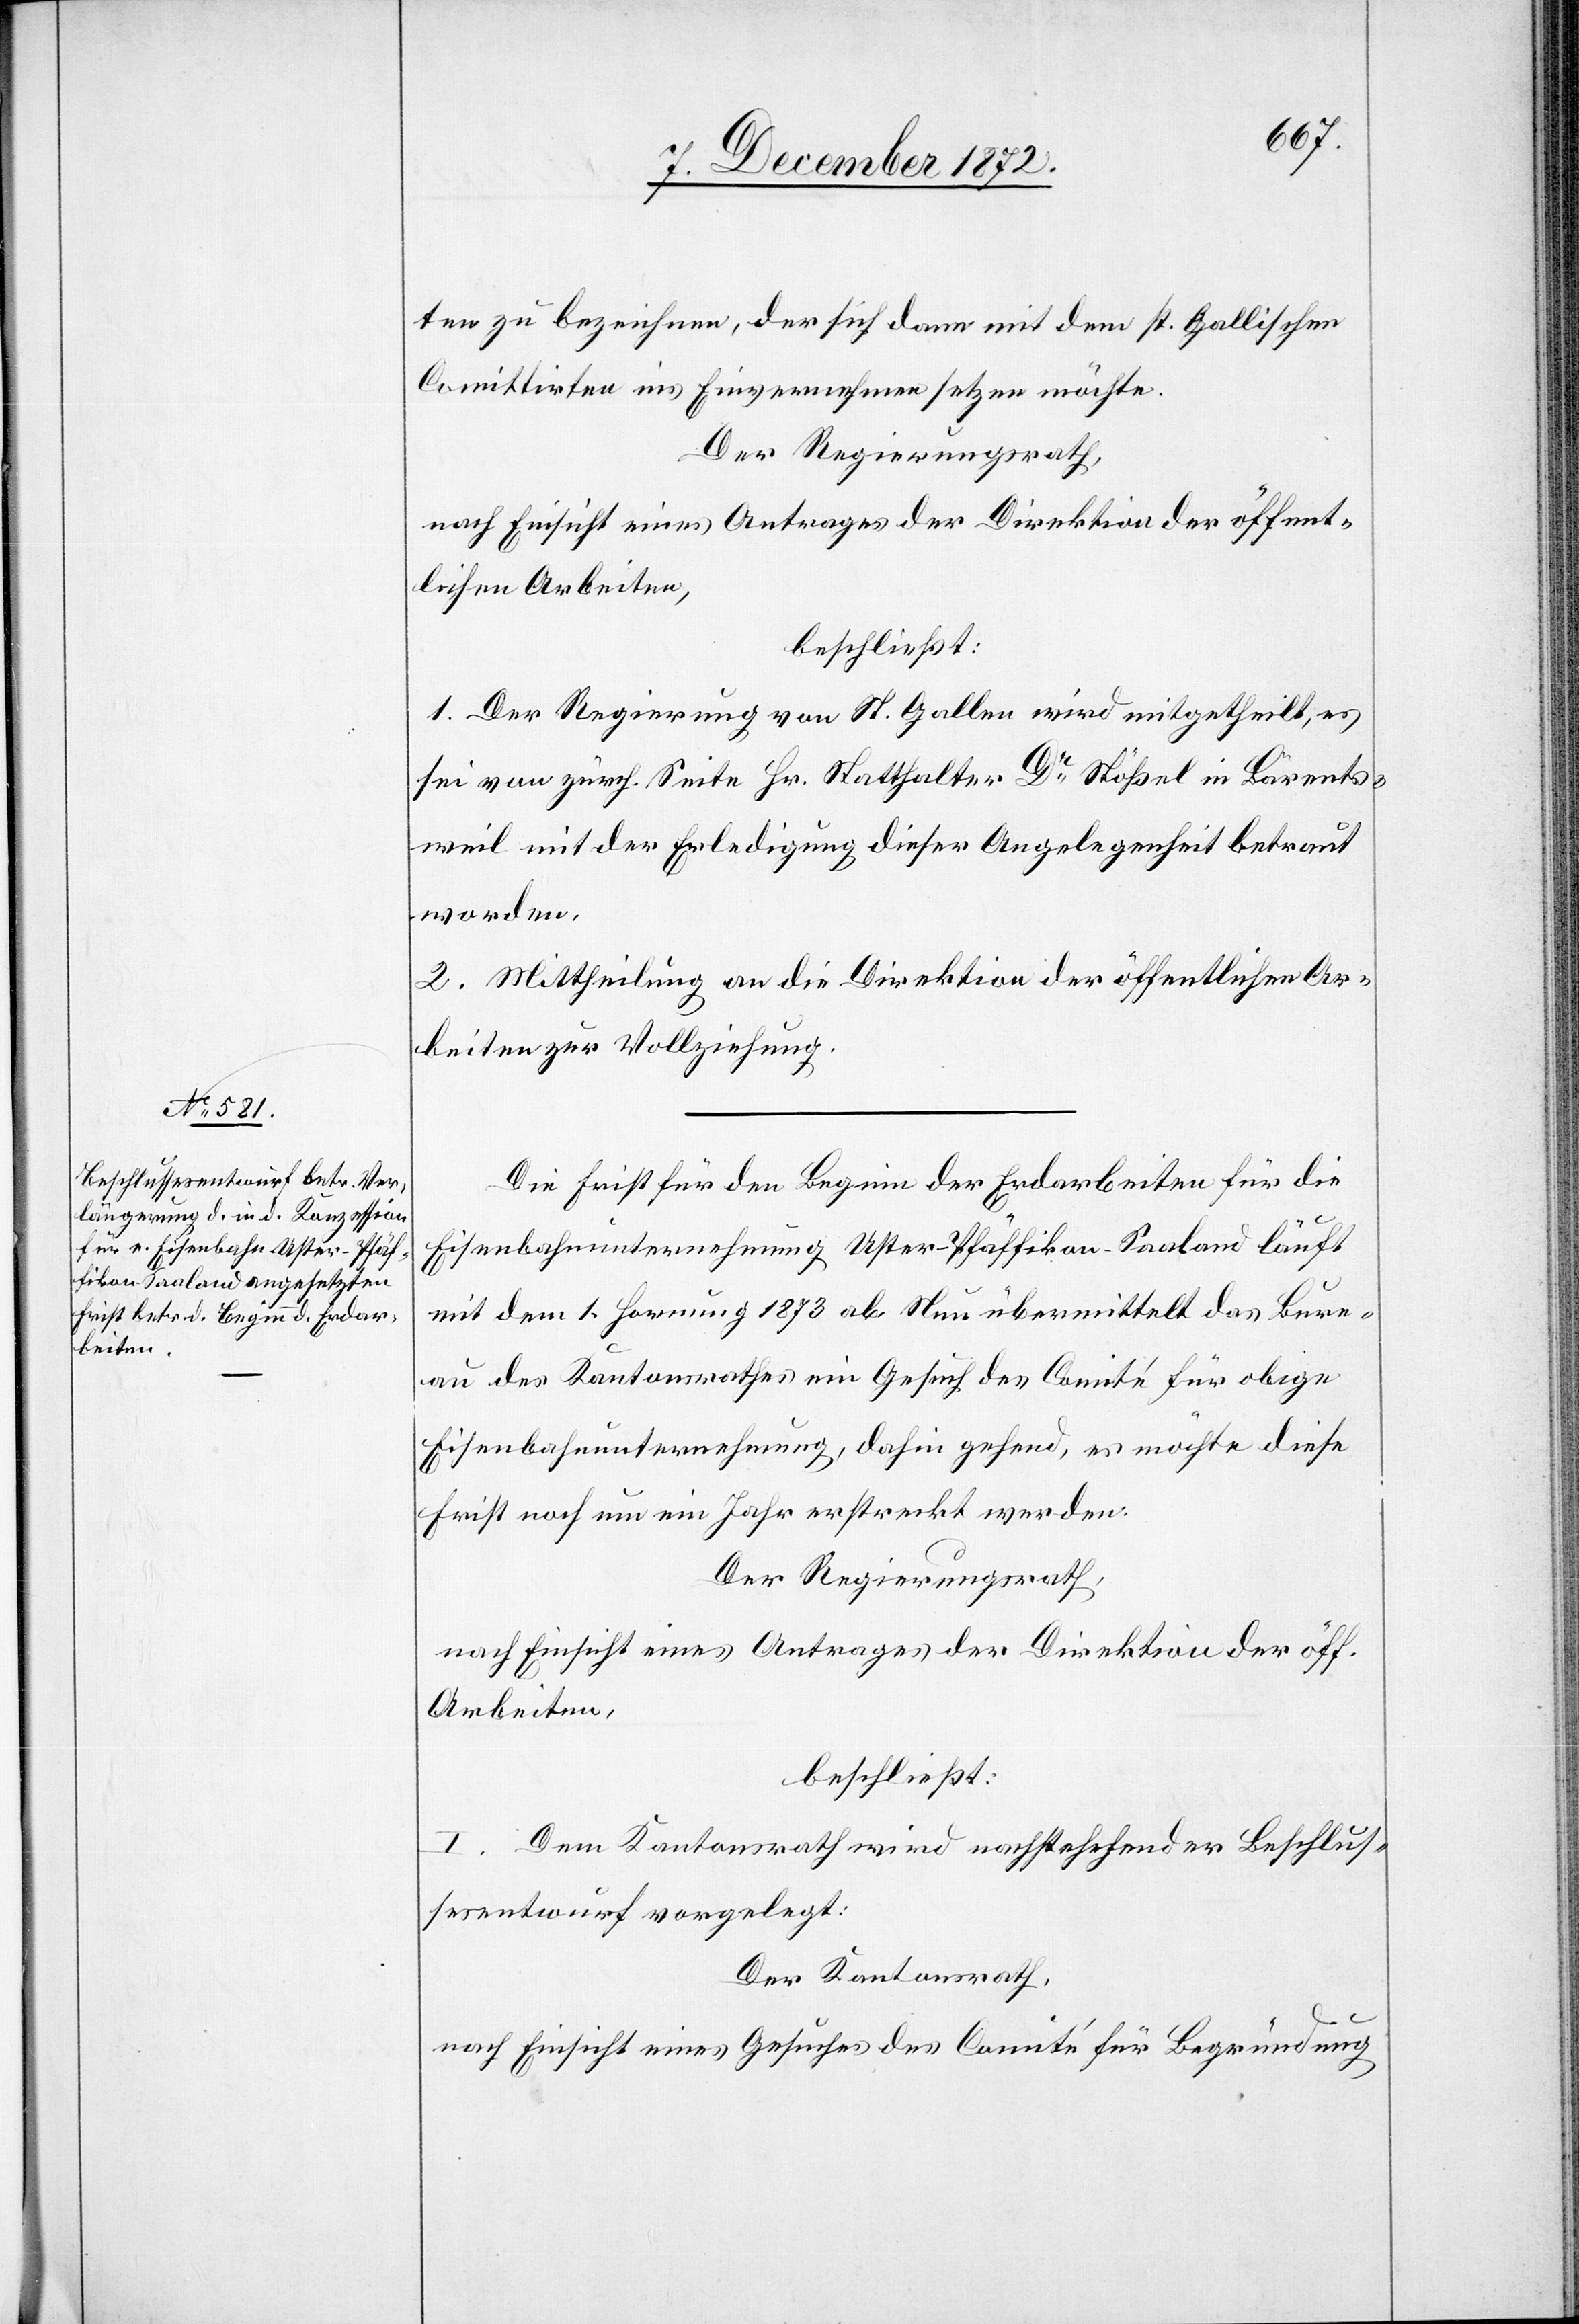
ten zu bezeichnen, der sich dann mit den st. Gallischen
Comittirten ins Einvernehmen setzen möchte.
Der Regierungsrath,
nach Einsicht eines Antrages der Direktion der öffent¬
lichen Arbeiten,
beschließt:
1. Der Regierung von St. Gallen wird mitgetheilt, es
sei von zürch. Seite Hr. Statthalter Dr Stößel in Bärents¬
weil mit der Erledigung dieser Angelegenheit betraut
worden.
2. Mittheilung an die Direktion der öffentlichen Ar¬
beiten zur Vollziehung.
Die Frist für den Beginn der Erdarbeiten für die
Eisenbahnunternehmung Uster–Pfäffikon–Saaland läuft
mit dem 1. Hornung 1873 ab. Nun übermittelt das Bure¬
au des Kantonsrathes ein Gesuch des Comité für obige
Eisenbahnunternehmung, dahin gehend, es möchte diese
Frist noch um ein Jahr erstreckt werden.
Der Regierungsrath,
nach Einsicht eines Antrages der Direktion der öff.
Arbeiten,
beschließt:
I. Dem Kantonsrath wird nachstehender Beschlus¬
sesentwurf vorgelegt:
Der Kantonsrath,
nach Einsicht eines Gesuches des Comité für Begründung